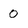
Character: 0